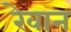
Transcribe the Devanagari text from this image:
रेवान